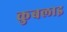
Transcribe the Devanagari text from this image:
कुबलाइ